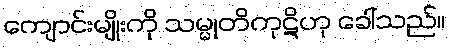
ကျောင်းမျိုးကို သမ္မုတိကုဋိဟု ခေါ်သည်။